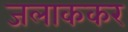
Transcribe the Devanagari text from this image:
जलाककर